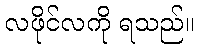
လဖိုင်လကို ရသည်။